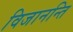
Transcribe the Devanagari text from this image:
विजानन्ति